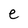
Character: e